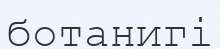
ботанигі